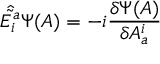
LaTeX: { \hat { \tilde { E _ { i } ^ { a } } } } \Psi ( A ) = - i { \frac { \delta \Psi ( A ) } { \delta A _ { a } ^ { i } } }